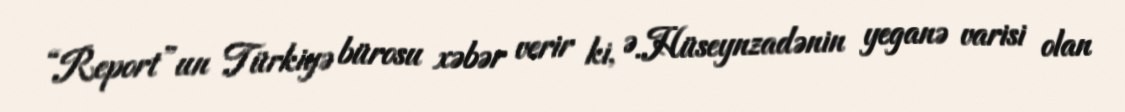
“Report”un Türkiyə bürosu xəbər verir ki, Ə.Hüseynzadənin yeganə varisi olan